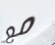
مع